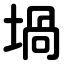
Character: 堝